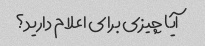
آیا چیزی برای اعلام دارید؟